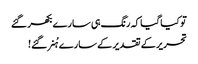
تو کیا گیا کہ رنگ ہی سارے بکھر گئے
تحریر کے تقدیر کے سارے ہُنر گئے !